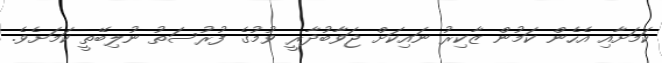
ކަމަށާއި އެހެން ކަމުން ޒާކިރު ނައިކަށް ޖަވާބުދާރީ ވުމުގެ ފުރުސަތު ނުލިބޭތީ ކަމަށެވެ.